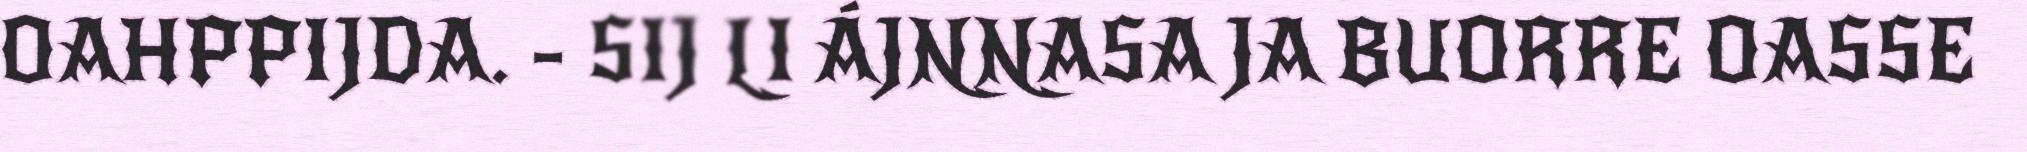
OAHPPIJDA. - SIJ LI ÁJNNASA JA BUORRE OASSE